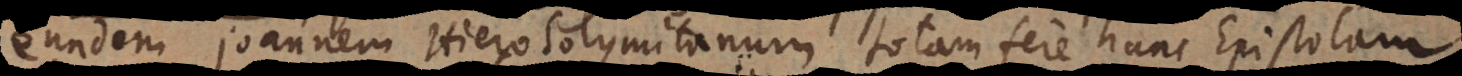
eundem Joannem Hierosolymitanum, totam fere hanc Epistolam